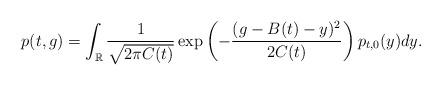
LaTeX: \begin{align*}p(t,g)=\int_{\mathbb{R}}\frac{1}{\sqrt{2\pi C(t)}}\exp\left(-\frac{(g-B(t)-y)^2}{2C(t)}\right)p_{t,0}(y)dy.\end{align*}